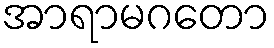
အာရာမဂတော